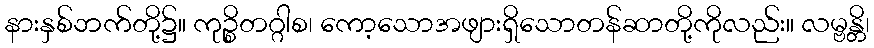
နားနှစ်ဘက်တို့၌။ ကုဉ္စိတဂ္ဂါစ၊ ကော့သောအဖျားရှိသောတန်ဆာတို့ကိုလည်း။ လမ္ဗန္တိ၊